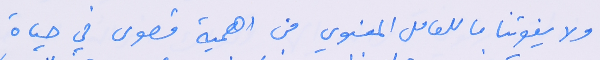
ولا يفوتنا ما للعامل المعنوي من اهمية قصوى في حياة